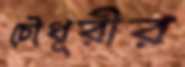
চৌধূরীর